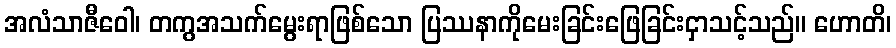
အလံသာဇီဝေါ၊ တကွအသက်မွေးရာဖြစ်သော ပြဿနာကိုမေးခြင်းဖြေခြင်းငှာသင့်သည်။ ဟောတိ၊